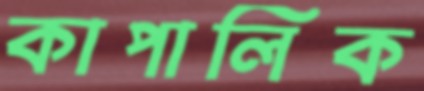
কাপালিক